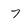
Character: 7